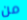
من